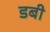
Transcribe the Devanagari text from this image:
डबी